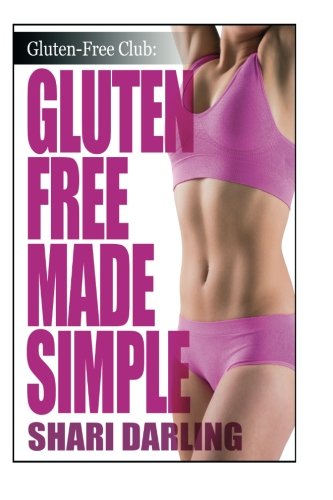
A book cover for Gluten-Free Made Simple: Curb Fatigue, Reduce Inflammation, Lose Weight (The Gluten-Free Club); Shari Darling; Health, Fitness & Dieting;